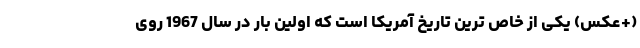
(+عکس) یکی از خاص ترین تاریخ آمریکا است که اولین بار در سال 1967 روی